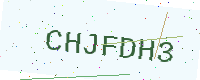
Text: CHJFDH3